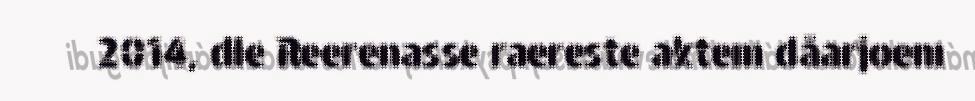
2014, dle Reerenasse raereste aktem dåarjoem